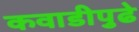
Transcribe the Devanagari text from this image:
कवाडीपुढे